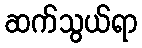
ဆက်သွယ်ရာ